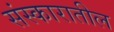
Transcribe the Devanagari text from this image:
संस्कारातील